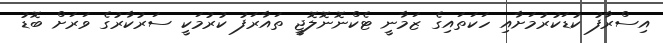
އިސްރާފު ކުޑަކުރުމަށާއި ހަކަތައިގެ ޒަމާނީ ޓެކްނޮނޮލޮޖީ ތައާރަފު ކުރުމަކީ ސަރުކާރުގެ ވަރަށް ބޮޑު